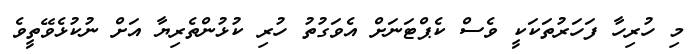
މި ހުރިހާ ފަހަރުތަކަކީ ވެސް ކެޕްޓަނަށް އެވަގުތު ހުރި ކުޅުންތެރިޔާ އަށް ނުކުޅެވޭތީވެ